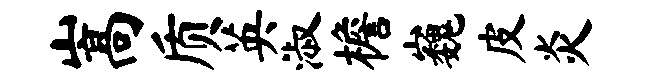
嵩质英淑檐巍皮炎